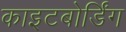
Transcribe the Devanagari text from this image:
काइटबोर्डिंग